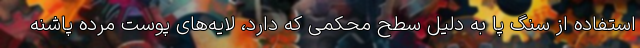
استفاده از سنگ پا به دلیل سطح محکمی که دارد، لایه‌های پوست مرده پاشنه